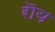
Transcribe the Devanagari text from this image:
रॊय